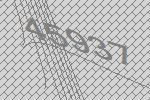
45937